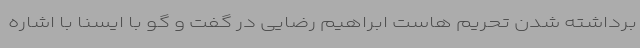
برداشته شدن تحریم هاست ابراهیم رضایی در گفت و گو با ایسنا با اشاره